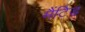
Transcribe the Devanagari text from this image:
मैंटिड